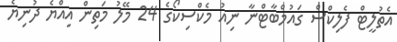
އެތުލީޓް ފެލިކްސް ގައުމްބާޓްނާ ނިއު މެކްސިކޯގެ 24 މޭލު މަތިން އިއްޔެ ދުނިޔެ